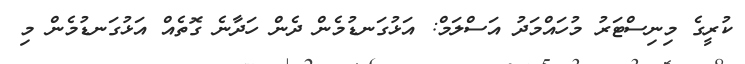
ކުރީގެ މިނިސްޓަރު މުހައްމަދު އަސްލަމް: އަޅުގަނޑުމެން ދެން ހަދާނެ ގޮތެއް އަޅުގަނޑުމެން މި